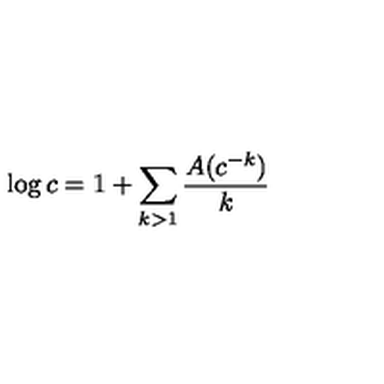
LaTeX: \log c = 1 + \sum _ { k > 1 } { \frac { A ( c ^ { - k } ) } { k } }